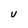
Character: U